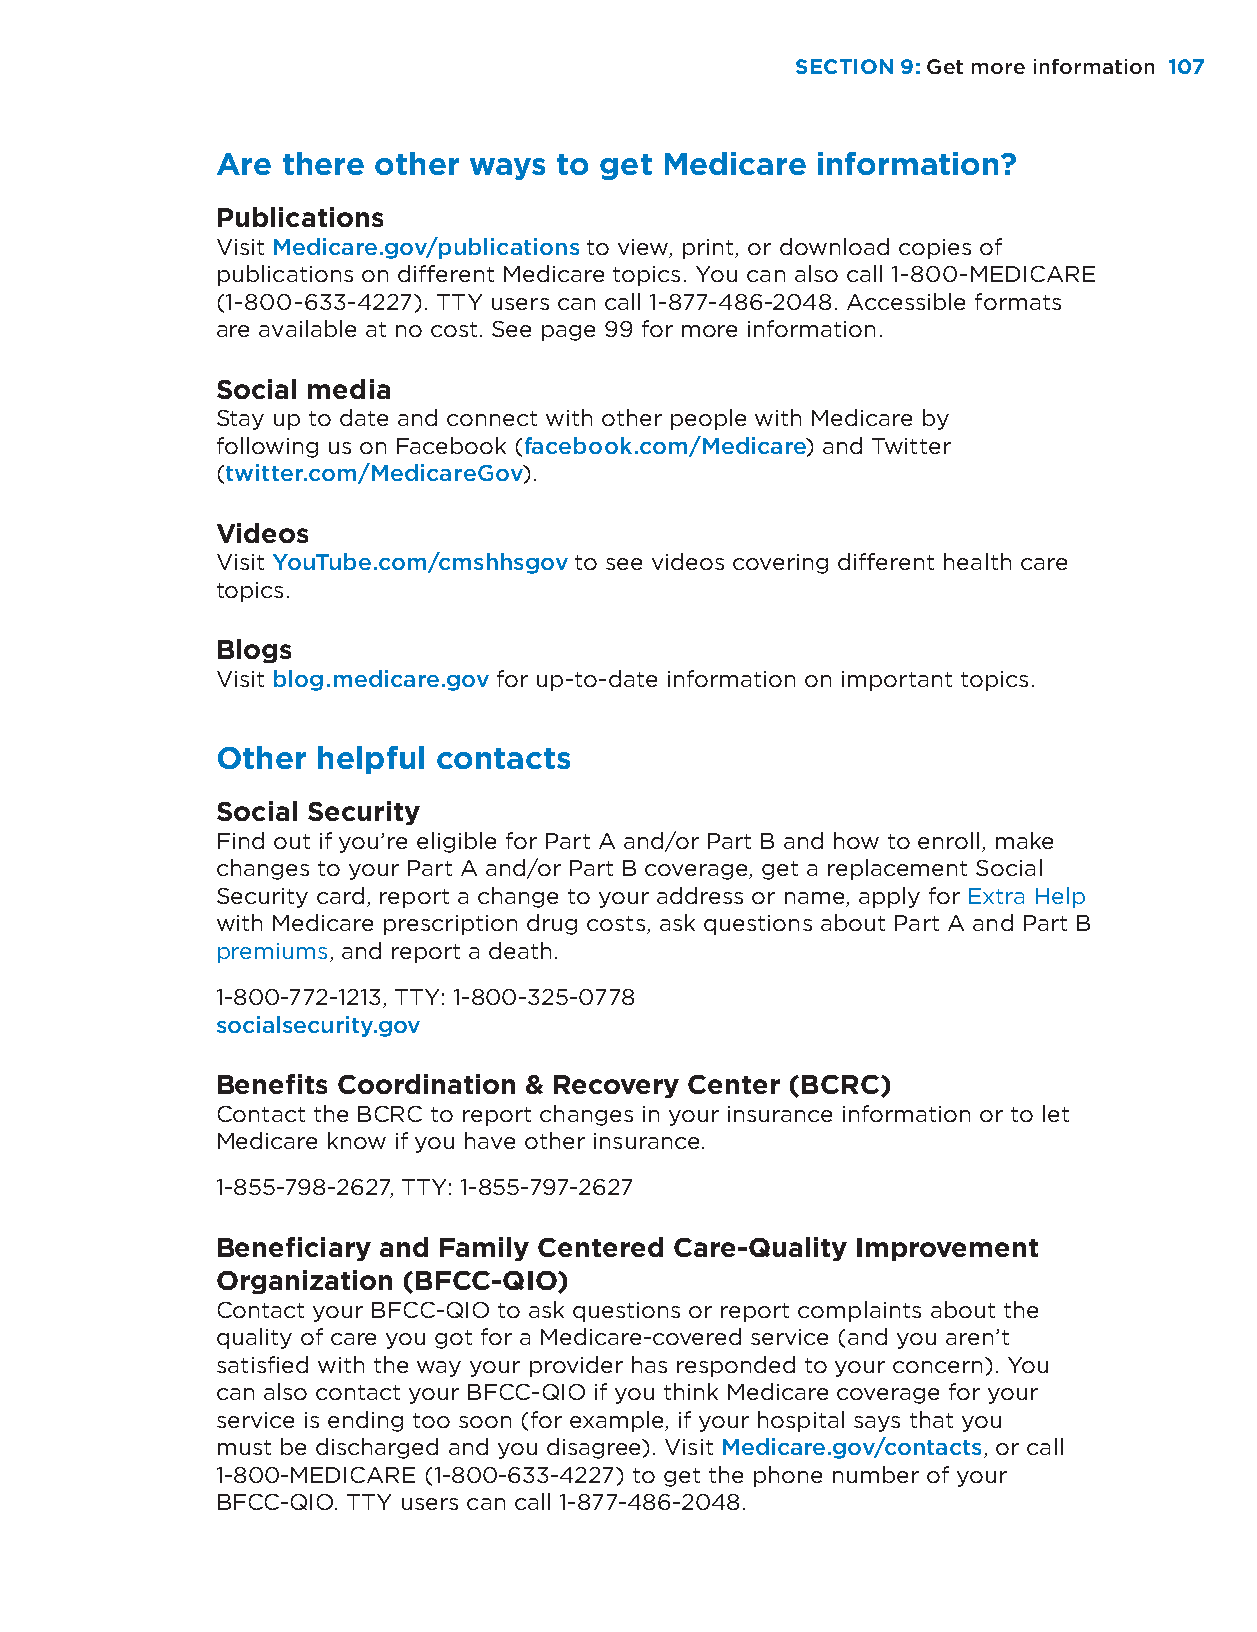
SECTION 9: Get more information 110077
 Are  there other ways  to get Medicare  information?
 Publications
 Visit Medicare.gov/publications to view, print, or download copies of
 publications on different Medicare topics. You can also call 1-800-MEDICARE
 (1-800-633-4227). TTY users can call 1-877-486-2048. Accessible formats
 are available at no cost. See page 99 for more information.
 Social media
 Stay up to date and connect with other people with Medicare by
 following us on Facebook (facebook.com/Medicare) and Twitter
 (twitter.com/MedicareGov).
 Videos
 Visit YouTube.com/cmshhsgov to see videos covering different health care
 topics.
 Blogs
 Visit blog.medicare.gov for up-to-date information on important topics.
 Other  helpful contacts
 Social Security
 Find out if you’re eligible for Part A and/or Part B and how to enroll, make
 changes to your Part A and/or Part B coverage, get a replacement Social
 Security card, report a change to your address or name, apply for Extra Help
 with Medicare prescription drug costs, ask questions about Part A and Part B
 premiums, and report a death.
 1-800-772-1213, TTY: 1-800-325-0778
 socialsecurity.gov
 Benefits Coordination & Recovery Center (BCRC)
 Contact the BCRC to report changes in your insurance information or to let
 Medicare know if you have other insurance.
 1-855-798-2627, TTY: 1-855-797-2627
 Beneficiary and Family Centered Care-Quality Improvement
 Organization (BFCC-QIO)
 Contact your BFCC-QIO to ask questions or report complaints about the
 quality of care you got for a Medicare-covered service (and you aren’t
 satisfied with the way your provider has responded to your concern). You
 can also contact your BFCC-QIO if you think Medicare coverage for your
 service is ending too soon (for example, if your hospital says that you
 must be discharged and you disagree). Visit Medicare.gov/contacts, or call
 1-800-MEDICARE (1-800-633-4227) to get the phone number of your
 BFCC-QIO. TTY users can call 1-877-486-2048.